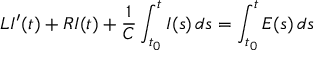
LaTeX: L I ^ { \prime } ( t ) + R I ( t ) + { \frac { 1 } { C } } \int _ { t _ { 0 } } ^ { t } I ( s ) \, d s = \int _ { t _ { 0 } } ^ { t } E ( s ) \, d s